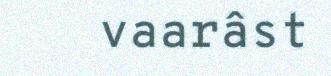
vaarâst